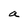
Character: a